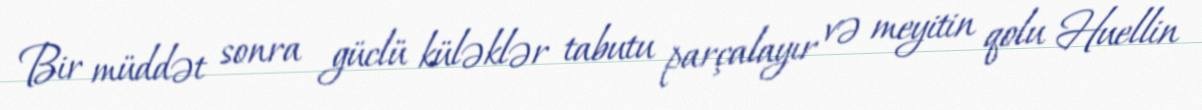
Bir müddət sonra güclü küləklər tabutu parçalayır və meyitin qolu Huellin